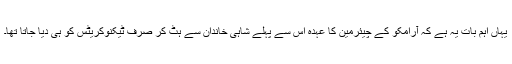
یہاں اہم بات یہ ہے کہ آرامکو کے چیئرمین کا عہدہ اِس سے پہلے شاہی خاندان سے ہٹ کر صرف ٹیکنوکریٹس کو ہی دیا جاتا تھا۔